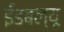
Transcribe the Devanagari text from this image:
ईडबल्यू